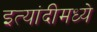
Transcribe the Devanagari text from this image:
इत्यांदीमध्ये